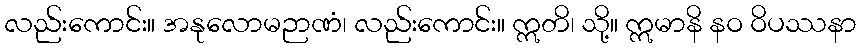
လည်းကောင်း။ အနုလောမဉာဏံ၊ လည်းကောင်း။ ဣတိ၊ သို့။ ဣမာနိ နဝ ဝိပဿနာ